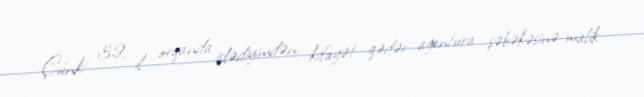
Çünki 32 il orqanda işlədiyimdən, kifayət qədər agentura şəbəkəsinə malik